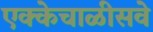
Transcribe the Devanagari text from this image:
एक्केचाळीसवे